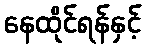
နေထိုင်ရန်နှင့်